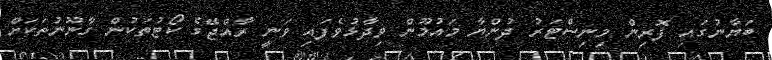
ބަޔާނުގައި ފޮރިން މިނިސްޓަރު ދުންޔާ މައުމޫން ވިދާޅުވެފައި ވަނީ ރާއްޖޭގެ ކޯޓުތަކުން ގާނޫނުތަކަށް